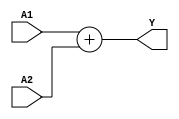
module add (A1,A2,Y);
input [31:0]A1;
input [31:0]A2;
output [31:0]Y;
assign Y = A1 + A2;
endmodule